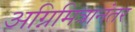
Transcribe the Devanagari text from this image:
अग्निमित्रानंतर